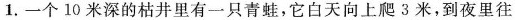
1.一个10米深的枯井里有一只青蛙，它白天向上爬3米，到夜里往